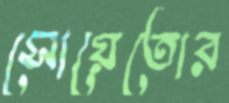
সোয়েতোর